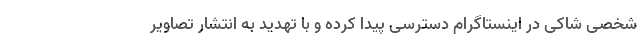
شخصی شاکی در اینستاگرام دسترسی پیدا کرده و با تهدید به انتشار تصاویر